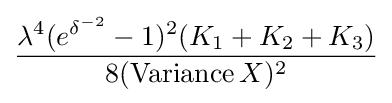
{\frac {\lambda ^{4}(e^{\delta ^{-2}}-1)^{2}(K_{1}+K_{2}+K_{3})}{8(\operatorname {Variance} X)^{2}}}